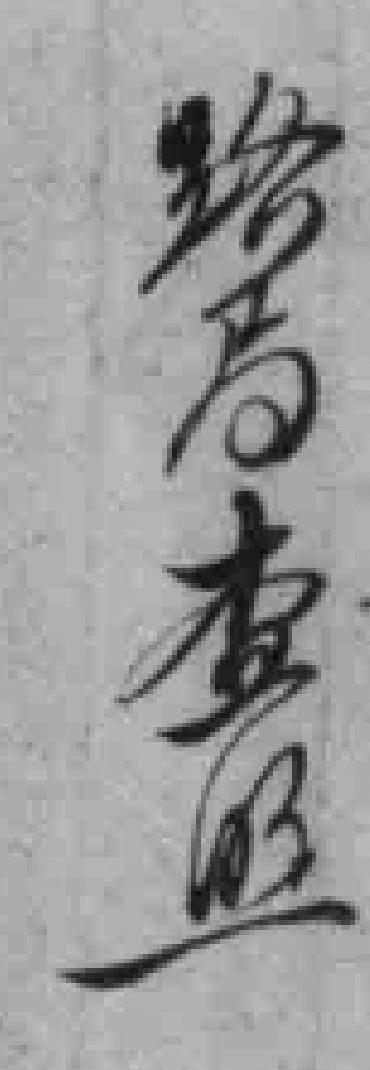
待识别